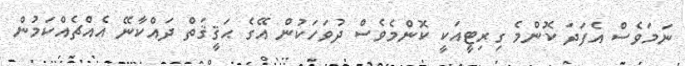
ނަމަވެސް އެފަދަ ކޮންމެ ގިރިޓީއަކީ ކޮންމެވެސް ދުވަހަކުން އޭގެ ޙަޤީޤަތް ދައްކާނޭ އެއްޗެއްކަމުން